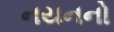
નયનનો